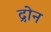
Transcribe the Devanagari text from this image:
द्रोन